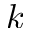
k